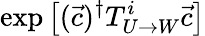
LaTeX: \exp\left[(\vec{c})^{\dagger}T_{U\rightarrow W}^{i}\vec{c}\right]